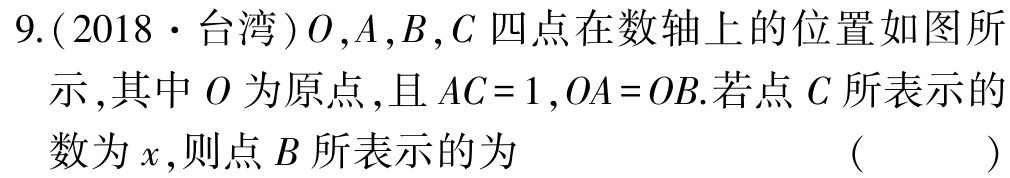
9.(2018·台湾)\(O,A,B,C\)四点在数轴上的位置如图所示,其中\(O\)为原点,且\(AC = 1\),\(OA = OB\).若点\(C\)所表示的数为\(x\),则点\(B\)所表示的为 （  ）